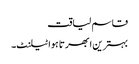
قاسم لیاقت
بہترین ابھرتا ہوا ٹیلنٹ۔